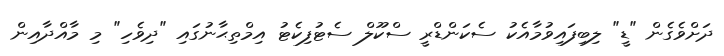
ދަށްވެގެން "ޑީ" ލިބިފައިވުމާއެކު ސެކަންޑްރީ ސްކޫލް ސެޓުފިކެޓު އިމްތިޙާނުގައި "ދިވެހި" މި މާއްދާއިން